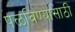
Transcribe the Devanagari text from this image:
पळविण्यासाठी